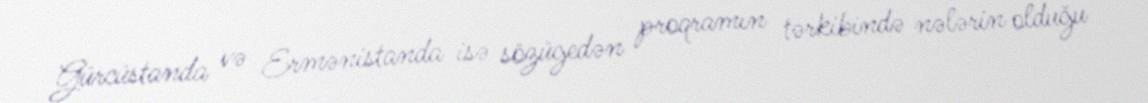
Gürcüstanda və Ermənistanda isə sözügedən proqramın tərkibində nələrin olduğu